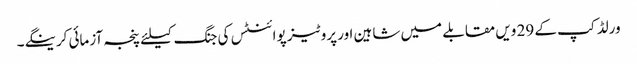
ورلڈ کپ کے 29 ویں مقابلے میں شاہین اور پروٹیز پوائنٹس کی جنگ کیلئے پنجہ آزمائی کرینگے۔